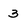
Character: 3